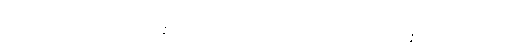
၃၀၄။ မိစ္ဆာဒိဋ္ဌိယာ ဘိက္ခဝေ သမန္နာဂတာ သတ္တာတိ ဧတ္ထ၊ မိစ္ဆာဒိဋ္ဌိယာ ဘိက္ခဝေ သမန္နာဂတာ သတ္တာဟူသော